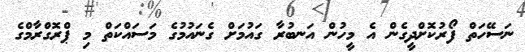
ނަސޭހަތް ފޯރުކޮށްދީގެން އެ މީހުން އަނބުރާ ގައުމަށް ގެނައުމުގެ މަސައްކަތް މި ޕްރޮގްރާމްގެ